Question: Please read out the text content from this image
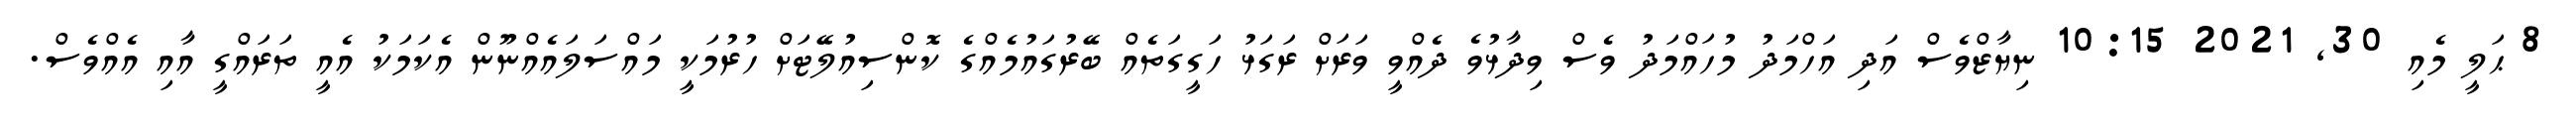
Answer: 8 ޙަލީ މެއި 30, 2021 10:15 ނިޔާޒްވެސް އަދި އަހްމަދު މުހައްމަދު ވެސް ވިދާޅުވެ ދެއްވީ ވަރަށް ރަގަޅު ހަގީގަތެއް ބޭރުގައުމެއްގެ ކޮންސިއުލޭޓަށް ހުރުމަކީ މައްސަލައެއްނޫން އެކަމަކު އެއީ ތަރައްގީ އާއި އެއްވެސް.